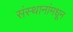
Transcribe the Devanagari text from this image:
संस्थानांमधून